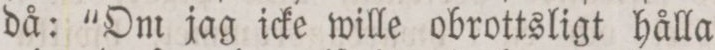
då: “Om jag icke wille obrottsligt hålla